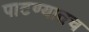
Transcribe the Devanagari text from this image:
पाटण्यातच